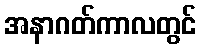
အနာဂတ်ကာလတွင်